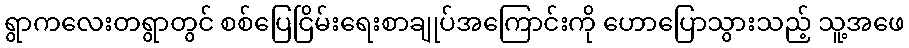
ရွာကလေးတရွာတွင် စစ်ပြေငြိမ်းရေးစာချုပ်အကြောင်းကို ဟောပြောသွားသည့် သူ့အဖေ